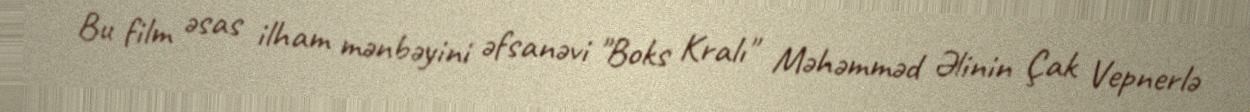
Bu film əsas ilham mənbəyini əfsanəvi "Boks Kralı" Məhəmməd Əlinin Çak Vepnerlə